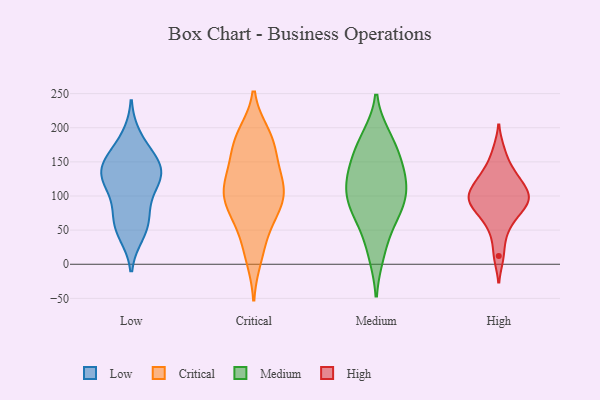
{"axis": {"x": "Page Views", "y": "Value"}, "legend": ["Critical", "High", "Low", "Medium"], "data": [{"x": "", "y": 65, "type": "Low"}, {"x": "", "y": 141, "type": "Low"}, {"x": "", "y": 45, "type": "Low"}, {"x": "", "y": 117, "type": "Low"}, {"x": "", "y": 139, "type": "Low"}, {"x": "", "y": 162, "type": "Low"}, {"x": "", "y": 185, "type": "Low"}, {"x": "", "y": 130, "type": "Low"}, {"x": "", "y": 54, "type": "Low"}, {"x": "", "y": 131, "type": "Low"}, {"x": "", "y": 74, "type": "Low"}, {"x": "", "y": 109, "type": "Low"}, {"x": "", "y": 149, "type": "Low"}, {"x": "", "y": 50, "type": "Critical"}, {"x": "", "y": 115, "type": "Critical"}, {"x": "", "y": 134, "type": "Critical"}, {"x": "", "y": 179, "type": "Critical"}, {"x": "", "y": 190, "type": "Critical"}, {"x": "", "y": 112, "type": "Critical"}, {"x": "", "y": 82, "type": "Critical"}, {"x": "", "y": 89, "type": "Critical"}, {"x": "", "y": 22, "type": "Critical"}, {"x": "", "y": 147, "type": "Critical"}, {"x": "", "y": 184, "type": "Critical"}, {"x": "", "y": 116, "type": "Critical"}, {"x": "", "y": 79, "type": "Critical"}, {"x": "", "y": 111, "type": "Critical"}, {"x": "", "y": 185, "type": "Critical"}, {"x": "", "y": 163, "type": "Critical"}, {"x": "", "y": 10, "type": "Critical"}, {"x": "", "y": 103, "type": "Critical"}, {"x": "", "y": 76, "type": "Critical"}, {"x": "", "y": 185, "type": "Medium"}, {"x": "", "y": 57, "type": "Medium"}, {"x": "", "y": 151, "type": "Medium"}, {"x": "", "y": 106, "type": "Medium"}, {"x": "", "y": 85, "type": "Medium"}, {"x": "", "y": 127, "type": "Medium"}, {"x": "", "y": 82, "type": "Medium"}, {"x": "", "y": 106, "type": "Medium"}, {"x": "", "y": 177, "type": "Medium"}, {"x": "", "y": 16, "type": "Medium"}, {"x": "", "y": 138, "type": "Medium"}, {"x": "", "y": 166, "type": "High"}, {"x": "", "y": 93, "type": "High"}, {"x": "", "y": 97, "type": "High"}, {"x": "", "y": 119, "type": "High"}, {"x": "", "y": 135, "type": "High"}, {"x": "", "y": 108, "type": "High"}, {"x": "", "y": 77, "type": "High"}, {"x": "", "y": 94, "type": "High"}, {"x": "", "y": 47, "type": "High"}, {"x": "", "y": 12, "type": "High"}, {"x": "", "y": 88, "type": "High"}, {"x": "", "y": 107, "type": "High"}, {"x": "", "y": 67, "type": "High"}, {"x": "", "y": 134, "type": "High"}]}